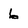
Character: 6